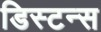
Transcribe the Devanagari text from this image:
डिस्‍टन्स